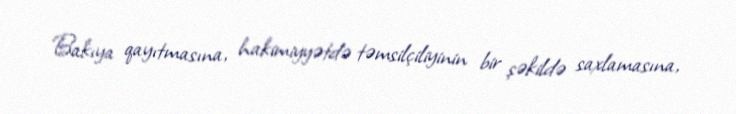
Bakıya qayıtmasına, hakimiyyətdə təmsilçiliyinin bir şəkildə saxlamasına,